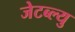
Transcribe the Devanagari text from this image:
जेटब्ल्यु